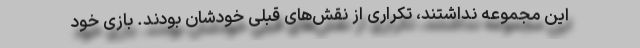
این مجموعه نداشتند، تکراری از نقش‌های قبلی خودشان بودند. بازی خود